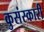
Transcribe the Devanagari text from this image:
कुसंस्कारी